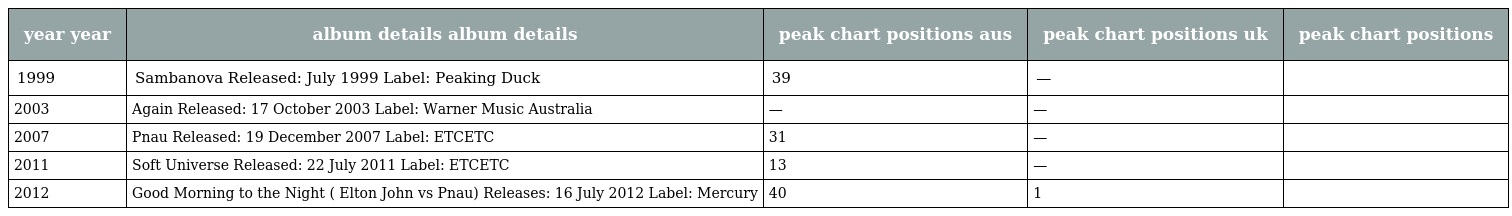
| year year | album details album details | peak chart positions aus | peak chart positions uk | peak chart positions |
 | --- | --- | --- | --- | --- |
 | 1999 | Sambanova Released: July 1999 Label: Peaking Duck | 39 | — |  |
 | 2003 | Again Released: 17 October 2003 Label: Warner Music Australia | — | — |  |
 | 2007 | Pnau Released: 19 December 2007 Label: ETCETC | 31 | — |  |
 | 2011 | Soft Universe Released: 22 July 2011 Label: ETCETC | 13 | — |  |
 | 2012 | Good Morning to the Night ( Elton John vs Pnau) Releases: 16 July 2012 Label: Mercury | 40 | 1 |  |